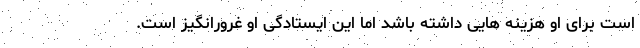
است برای او هزینه هایی داشته باشد اما این ایستادگی او غرورانگیز است.